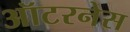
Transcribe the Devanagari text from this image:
ऑटरनेस